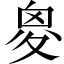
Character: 𡕩